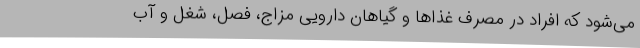
می‌شود که افراد در مصرف غذا‌ها و گیاهان دارویی مزاج، فصل، شغل و آب